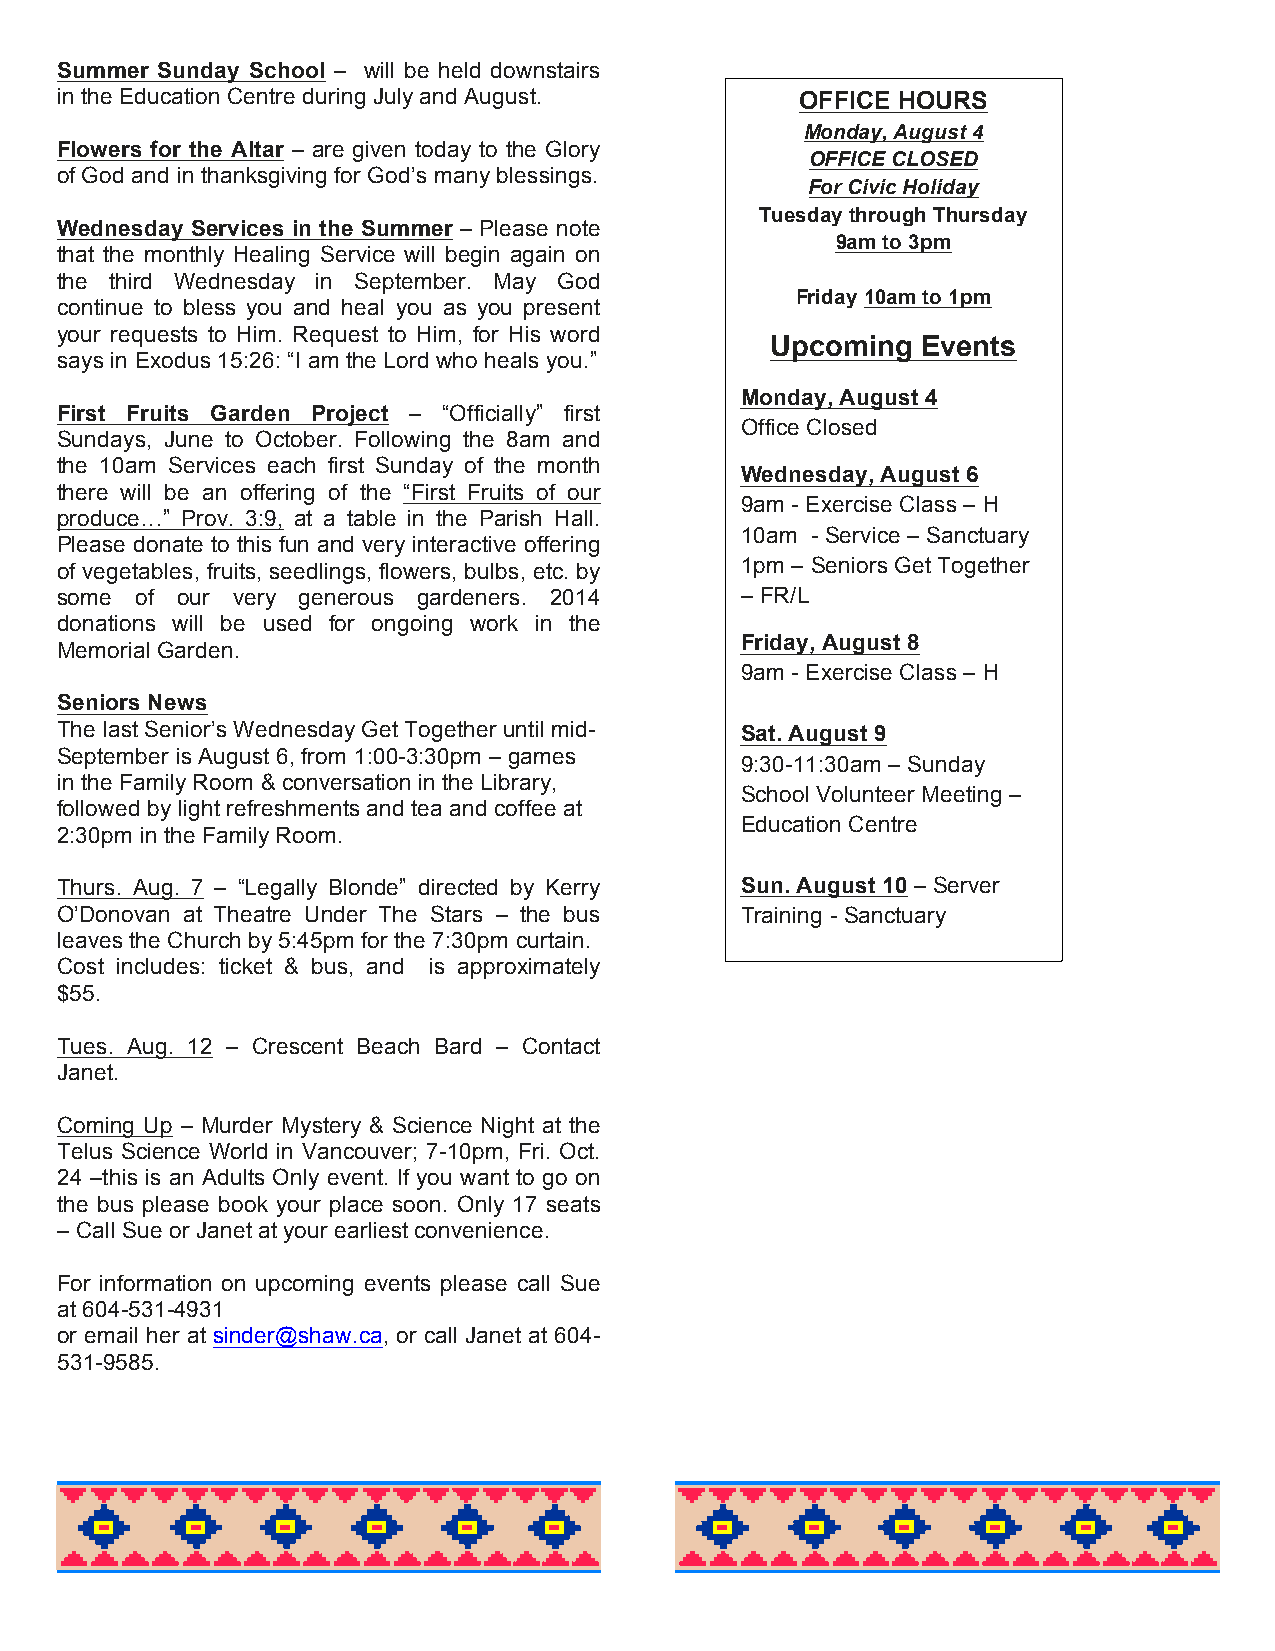
Summer Sunday School – will be held downstairs
 in the Education Centre during July and August.  OFFICE HOURS
 Monday, August 4
 Flowers for the Altar – are given today to the Glory
 OFFICE CLOSED
 of God and in thanksgiving for God’s many blessings.
 For Civic Holiday
 Tuesday through Thursday
 Wednesday Services in the Summer – Please note
 9am to 3pm
 that the monthly Healing Service will begin again on
 the third Wednesday in September. May God
 Friday 10am to 1pm
 continue to bless you and heal you as you present
 your requests to Him. Request to Him, for His word
 Upcoming  Events
 says in Exodus 15:26: “I am the Lord who heals you.”
 Monday, August 4
 First Fruits Garden Project – “Officially” first
 Office Closed
 Sundays, June to October. Following the 8am and
 the 10am Services each first Sunday of the month
 Wednesday, August 6
 there will be an offering of the “First Fruits of our
 9am - Exercise Class – H
 produce…” Prov. 3:9, at a table in the Parish Hall.
 10am - Service – Sanctuary
 Please donate to this fun and very interactive offering
 of vegetables, fruits, seedlings, flowers, bulbs, etc. by 1pm – Seniors Get T ogether
 some of our very generous gardeners. 2014    – FR/L
 donations will be used for ongoing work in the
 Friday, August 8
 Memorial Garden.
 9am - Exercise Class – H
 Seniors News
 The last Senior’s Wednesday Get Together until mid- Sat. August 9
 September is August 6, from 1:00-3:30pm – games
 9:30-11:30am – Sunday
 in the Family Room & conversation in the Library,
 School Volunteer Meeting –
 followed by light refreshments and tea and coffee at
 Education Centre
 2:30pm in the Family Room.
 Thurs. Aug. 7 – “Legally Blonde” directed by Kerry Sun. August 10 – S erver
 O’Donovan at Theatre Under The Stars – the bus Training - Sanctuary
 leaves the Church by 5:45pm for the 7:30pm curtain.
 Cost includes: ticket & bus, and is approximately
 $55.
 Tues. Aug. 12 – Crescent Beach Bard – Contact
 Janet.
 Coming Up – Murder Mystery & Science Night at the
 Telus Science World in Vancouver; 7-10pm, Fri. Oct.
 24 –this is an Adults Only event. If you want to go on
 the bus please book your place soon. Only 17 seats
 – Call Sue or Janet at your earliest convenience.
 For information on upcoming events please call Sue
 at 604-531-4931
 or email her at sinder@shaw.ca, or call Janet at 604-
 531-9585.